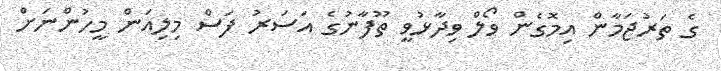
ގެ ތަރުޖަމާން އިމޮގެން ވޯލް ވިދާޅުވީ ތޫފާނުގެ އަސަރު ފަސް މިލިއަން މީހުންނަށް